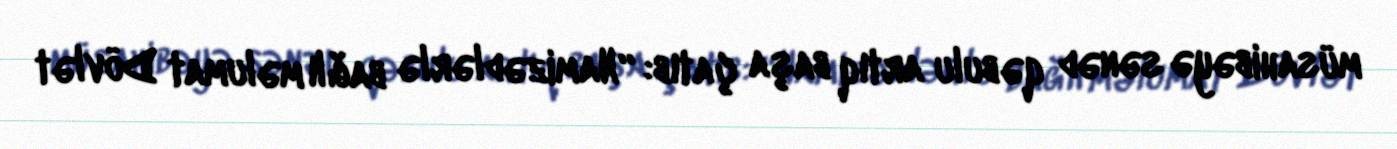
müsahibəyə sənəd qəbulu artıq başa çatıb: “Namizədlərlə bağlı məlumat Dövlət